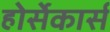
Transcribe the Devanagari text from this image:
होर्सेकार्स